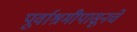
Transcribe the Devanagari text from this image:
पूर्वाश्रमीपासूनचे